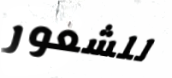
للشعور